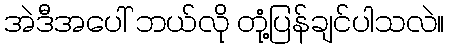
အဲဒီအပေါ် ဘယ်လို တုံ့ပြန်ချင်ပါသလဲ။